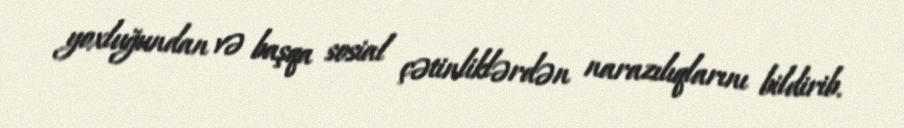
yoxluğundan və başqa sosial çətinliklərdən narazılıqlarını bildirib.